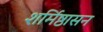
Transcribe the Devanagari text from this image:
शर्मिष्ठासन